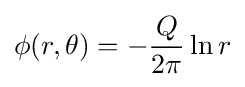
\phi (r,\theta )=-{\frac {Q}{2\pi }}\ln r